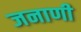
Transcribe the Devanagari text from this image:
जनाणी